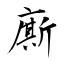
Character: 廝